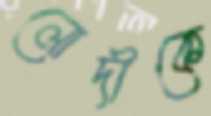
লোদীকে